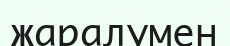
жаралумен